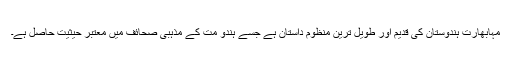
مہابھارت ہندوستان کی قدیم اور طویل ترین منظوم داستان ہے جسے ہندو مت کے مذہبی صحائف میں معتبر حیثیت حاصل ہے۔